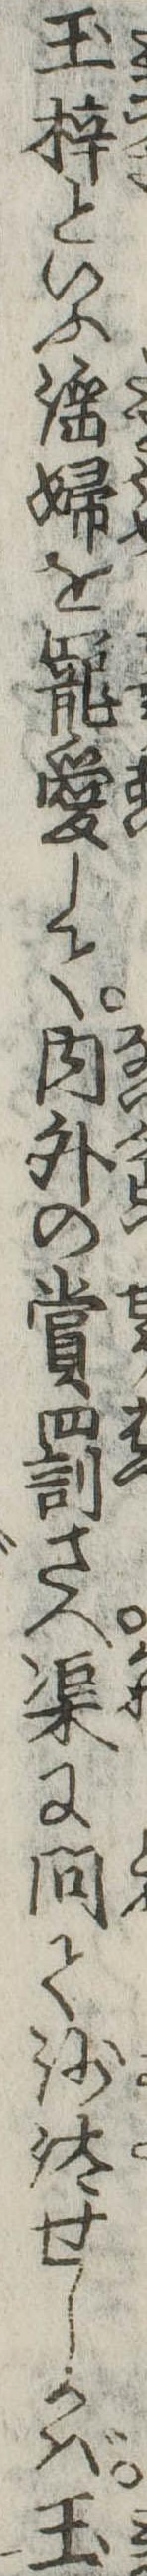
玉梓といふ淫婦を寵愛して内外の賞罰さへ渠に問て沙汰せしかば玉